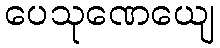
ပေသုဏေယျေ